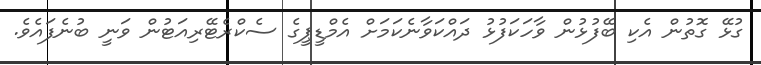
ގުޅޭ ގޮތުން އެކި ބޭފުޅުން ވާހަކަފުޅު ދައްކަވާނެކަމަށް އެމްޑީޕީގެ ސެކްރެޓޭރިއަޓުން ވަނީ ބުނެފައެވެ.